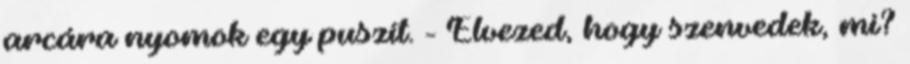
arcára nyomok egy puszit. - Élvezed, hogy szenvedek, mi?